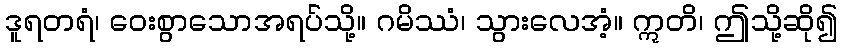
ဒူရတရံ၊ ဝေးစွာသောအရပ်သို့။ ဂမိဿံ၊ သွားလေအံ့။ ဣတိ၊ ဤသို့ဆို၍